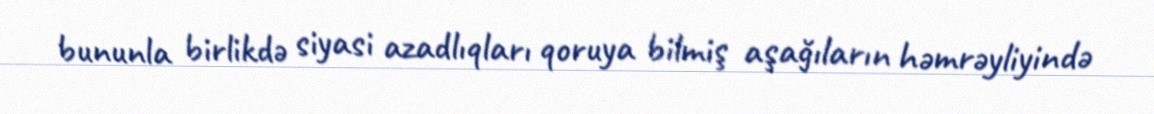
bununla birlikdə siyasi azadlıqları qoruya bilmiş aşağıların həmrəyliyində